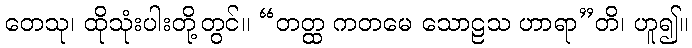
တေသု၊ ထိုသုံးပါးတို့တွင်။ “တတ္ထ ကတမေ သောဠသ ဟာရာ”တိ၊ ဟူ၍။